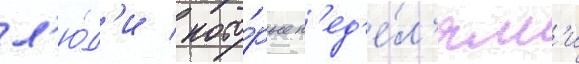
л'ю́д'и / кото́рые н'ед'е́л'ям'и